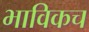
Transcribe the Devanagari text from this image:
भाविकच